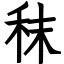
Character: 秣